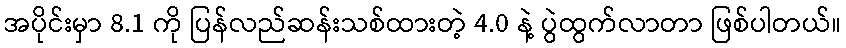
အပိုင်းမှာ 8.1 ကို ပြန်လည်ဆန်းသစ်ထားတဲ့ 4.0 နဲ့ ပွဲထွက်လာတာ ဖြစ်ပါတယ်။